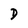
Character: D